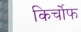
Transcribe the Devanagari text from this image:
किर्चोफ